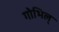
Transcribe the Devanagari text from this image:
गोभिल्